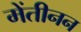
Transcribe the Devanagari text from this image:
मेंतीनन